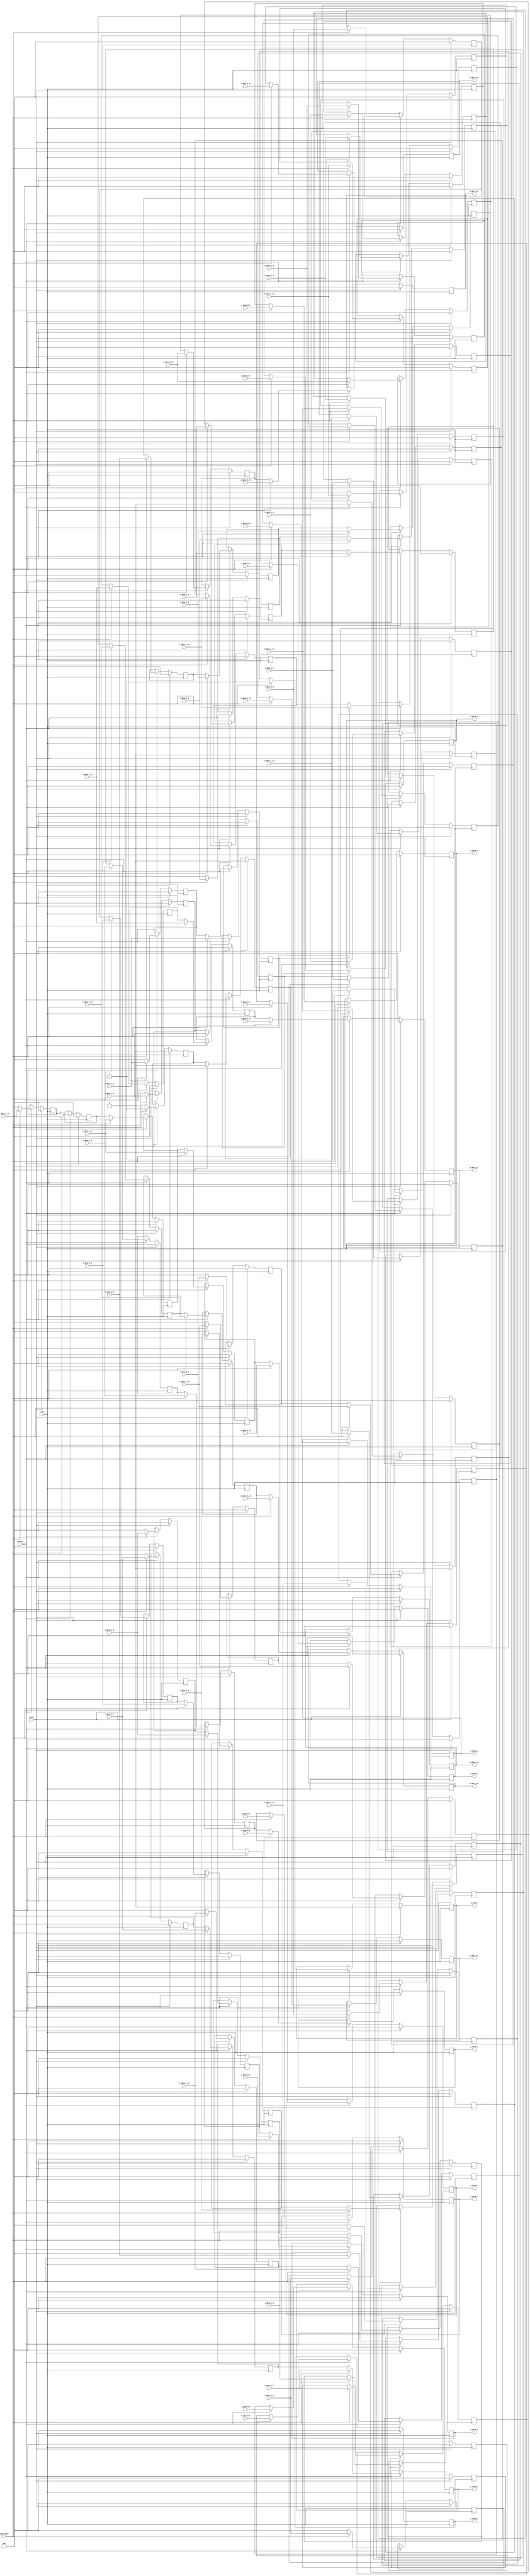
`define SIMULATION_MEMORY

module pipelined_input_18_3_16 (
	input clk,
	input reset,
	input enable,
	input load_input,
	input [17:0] i_data_0_0,
	input [17:0] i_data_0_1,
	input [17:0] i_data_0_2,
	input [17:0] i_data_0_3,
	input [17:0] i_data_0_4,
	input [17:0] i_data_0_5,
	input [17:0] i_data_0_6,
	input [17:0] i_data_0_7,
	input [17:0] i_data_0_8,
	input [17:0] i_data_0_9,
	input [17:0] i_data_0_10,
	input [17:0] i_data_0_11,
	input [17:0] i_data_0_12,
	input [17:0] i_data_0_13,
	input [17:0] i_data_0_14,
	input [17:0] i_data_0_15,
	input [17:0] i_data_1_0,
	input [17:0] i_data_1_1,
	input [17:0] i_data_1_2,
	input [17:0] i_data_1_3,
	input [17:0] i_data_1_4,
	input [17:0] i_data_1_5,
	input [17:0] i_data_1_6,
	input [17:0] i_data_1_7,
	input [17:0] i_data_1_8,
	input [17:0] i_data_1_9,
	input [17:0] i_data_1_10,
	input [17:0] i_data_1_11,
	input [17:0] i_data_1_12,
	input [17:0] i_data_1_13,
	input [17:0] i_data_1_14,
	input [17:0] i_data_1_15,
	input [17:0] i_data_2_0,
	input [17:0] i_data_2_1,
	input [17:0] i_data_2_2,
	input [17:0] i_data_2_3,
	input [17:0] i_data_2_4,
	input [17:0] i_data_2_5,
	input [17:0] i_data_2_6,
	input [17:0] i_data_2_7,
	input [17:0] i_data_2_8,
	input [17:0] i_data_2_9,
	input [17:0] i_data_2_10,
	input [17:0] i_data_2_11,
	input [17:0] i_data_2_12,
	input [17:0] i_data_2_13,
	input [17:0] i_data_2_14,
	input [17:0] i_data_2_15,
	output [17:0] o_data_0,
	output [17:0] o_data_1,
	output [17:0] o_data_2,
	output [17:0] o_data_3,
	output [17:0] o_data_4,
	output [17:0] o_data_5,
	output [17:0] o_data_6,
	output [17:0] o_data_7,
	output [17:0] o_data_8,
	output [17:0] o_data_9,
	output [17:0] o_data_10,
	output [17:0] o_data_11,
	output [17:0] o_data_12,
	output [17:0] o_data_13,
	output [17:0] o_data_14,
	output [17:0] o_data_15,
	output o_valid
);

reg [17:0] pipeline_0_0;
reg [17:0] pipeline_0_1;
reg [17:0] pipeline_0_2;
reg [17:0] pipeline_0_3;
reg [17:0] pipeline_0_4;
reg [17:0] pipeline_0_5;
reg [17:0] pipeline_0_6;
reg [17:0] pipeline_0_7;
reg [17:0] pipeline_0_8;
reg [17:0] pipeline_0_9;
reg [17:0] pipeline_0_10;
reg [17:0] pipeline_0_11;
reg [17:0] pipeline_0_12;
reg [17:0] pipeline_0_13;
reg [17:0] pipeline_0_14;
reg [17:0] pipeline_0_15;
reg [17:0] pipeline_1_0;
reg [17:0] pipeline_1_1;
reg [17:0] pipeline_1_2;
reg [17:0] pipeline_1_3;
reg [17:0] pipeline_1_4;
reg [17:0] pipeline_1_5;
reg [17:0] pipeline_1_6;
reg [17:0] pipeline_1_7;
reg [17:0] pipeline_1_8;
reg [17:0] pipeline_1_9;
reg [17:0] pipeline_1_10;
reg [17:0] pipeline_1_11;
reg [17:0] pipeline_1_12;
reg [17:0] pipeline_1_13;
reg [17:0] pipeline_1_14;
reg [17:0] pipeline_1_15;
reg [17:0] pipeline_2_0;
reg [17:0] pipeline_2_1;
reg [17:0] pipeline_2_2;
reg [17:0] pipeline_2_3;
reg [17:0] pipeline_2_4;
reg [17:0] pipeline_2_5;
reg [17:0] pipeline_2_6;
reg [17:0] pipeline_2_7;
reg [17:0] pipeline_2_8;
reg [17:0] pipeline_2_9;
reg [17:0] pipeline_2_10;
reg [17:0] pipeline_2_11;
reg [17:0] pipeline_2_12;
reg [17:0] pipeline_2_13;
reg [17:0] pipeline_2_14;
reg [17:0] pipeline_2_15;
reg [17:0] pipeline_3_0;
reg [17:0] pipeline_3_1;
reg [17:0] pipeline_3_2;
reg [17:0] pipeline_3_3;
reg [17:0] pipeline_3_4;
reg [17:0] pipeline_3_5;
reg [17:0] pipeline_3_6;
reg [17:0] pipeline_3_7;
reg [17:0] pipeline_3_8;
reg [17:0] pipeline_3_9;
reg [17:0] pipeline_3_10;
reg [17:0] pipeline_3_11;
reg [17:0] pipeline_3_12;
reg [17:0] pipeline_3_13;
reg [17:0] pipeline_3_14;
reg [17:0] pipeline_3_15;
reg [17:0] pipeline_4_0;
reg [17:0] pipeline_4_1;
reg [17:0] pipeline_4_2;
reg [17:0] pipeline_4_3;
reg [17:0] pipeline_4_4;
reg [17:0] pipeline_4_5;
reg [17:0] pipeline_4_6;
reg [17:0] pipeline_4_7;
reg [17:0] pipeline_4_8;
reg [17:0] pipeline_4_9;
reg [17:0] pipeline_4_10;
reg [17:0] pipeline_4_11;
reg [17:0] pipeline_4_12;
reg [17:0] pipeline_4_13;
reg [17:0] pipeline_4_14;
reg [17:0] pipeline_4_15;
reg pipeline_valid_0;
reg pipeline_valid_1;
reg pipeline_valid_2;
reg pipeline_valid_3;
reg pipeline_valid_4;

always @ (posedge clk) begin
	if (reset) begin
		pipeline_0_0 <= 0;
		pipeline_0_1 <= 0;
		pipeline_0_2 <= 0;
		pipeline_0_3 <= 0;
		pipeline_0_4 <= 0;
		pipeline_0_5 <= 0;
		pipeline_0_6 <= 0;
		pipeline_0_7 <= 0;
		pipeline_0_8 <= 0;
		pipeline_0_9 <= 0;
		pipeline_0_10 <= 0;
		pipeline_0_11 <= 0;
		pipeline_0_12 <= 0;
		pipeline_0_13 <= 0;
		pipeline_0_14 <= 0;
		pipeline_0_15 <= 0;
		pipeline_1_0 <= 0;
		pipeline_1_1 <= 0;
		pipeline_1_2 <= 0;
		pipeline_1_3 <= 0;
		pipeline_1_4 <= 0;
		pipeline_1_5 <= 0;
		pipeline_1_6 <= 0;
		pipeline_1_7 <= 0;
		pipeline_1_8 <= 0;
		pipeline_1_9 <= 0;
		pipeline_1_10 <= 0;
		pipeline_1_11 <= 0;
		pipeline_1_12 <= 0;
		pipeline_1_13 <= 0;
		pipeline_1_14 <= 0;
		pipeline_1_15 <= 0;
		pipeline_2_0 <= 0;
		pipeline_2_1 <= 0;
		pipeline_2_2 <= 0;
		pipeline_2_3 <= 0;
		pipeline_2_4 <= 0;
		pipeline_2_5 <= 0;
		pipeline_2_6 <= 0;
		pipeline_2_7 <= 0;
		pipeline_2_8 <= 0;
		pipeline_2_9 <= 0;
		pipeline_2_10 <= 0;
		pipeline_2_11 <= 0;
		pipeline_2_12 <= 0;
		pipeline_2_13 <= 0;
		pipeline_2_14 <= 0;
		pipeline_2_15 <= 0;
		pipeline_3_0 <= 0;
		pipeline_3_1 <= 0;
		pipeline_3_2 <= 0;
		pipeline_3_3 <= 0;
		pipeline_3_4 <= 0;
		pipeline_3_5 <= 0;
		pipeline_3_6 <= 0;
		pipeline_3_7 <= 0;
		pipeline_3_8 <= 0;
		pipeline_3_9 <= 0;
		pipeline_3_10 <= 0;
		pipeline_3_11 <= 0;
		pipeline_3_12 <= 0;
		pipeline_3_13 <= 0;
		pipeline_3_14 <= 0;
		pipeline_3_15 <= 0;
		pipeline_4_0 <= 0;
		pipeline_4_1 <= 0;
		pipeline_4_2 <= 0;
		pipeline_4_3 <= 0;
		pipeline_4_4 <= 0;
		pipeline_4_5 <= 0;
		pipeline_4_6 <= 0;
		pipeline_4_7 <= 0;
		pipeline_4_8 <= 0;
		pipeline_4_9 <= 0;
		pipeline_4_10 <= 0;
		pipeline_4_11 <= 0;
		pipeline_4_12 <= 0;
		pipeline_4_13 <= 0;
		pipeline_4_14 <= 0;
		pipeline_4_15 <= 0;
		pipeline_valid_0 <= 0;
		pipeline_valid_1 <= 0;
		pipeline_valid_2 <= 0;
		pipeline_valid_3 <= 0;
		pipeline_valid_4 <= 0;
	end else if (enable) begin
		if (load_input) begin
			pipeline_0_0 <= i_data_0_0;
			pipeline_0_1 <= i_data_0_1;
			pipeline_0_2 <= i_data_0_2;
			pipeline_0_3 <= i_data_0_3;
			pipeline_0_4 <= i_data_0_4;
			pipeline_0_5 <= i_data_0_5;
			pipeline_0_6 <= i_data_0_6;
			pipeline_0_7 <= i_data_0_7;
			pipeline_0_8 <= i_data_0_8;
			pipeline_0_9 <= i_data_0_9;
			pipeline_0_10 <= i_data_0_10;
			pipeline_0_11 <= i_data_0_11;
			pipeline_0_12 <= i_data_0_12;
			pipeline_0_13 <= i_data_0_13;
			pipeline_0_14 <= i_data_0_14;
			pipeline_0_15 <= i_data_0_15;
			pipeline_valid_0 <= 1'b1;
			pipeline_2_0 <= i_data_1_0;
			pipeline_2_1 <= i_data_1_1;
			pipeline_2_2 <= i_data_1_2;
			pipeline_2_3 <= i_data_1_3;
			pipeline_2_4 <= i_data_1_4;
			pipeline_2_5 <= i_data_1_5;
			pipeline_2_6 <= i_data_1_6;
			pipeline_2_7 <= i_data_1_7;
			pipeline_2_8 <= i_data_1_8;
			pipeline_2_9 <= i_data_1_9;
			pipeline_2_10 <= i_data_1_10;
			pipeline_2_11 <= i_data_1_11;
			pipeline_2_12 <= i_data_1_12;
			pipeline_2_13 <= i_data_1_13;
			pipeline_2_14 <= i_data_1_14;
			pipeline_2_15 <= i_data_1_15;
			pipeline_valid_2 <= 1'b1;
			pipeline_4_0 <= i_data_2_0;
			pipeline_4_1 <= i_data_2_1;
			pipeline_4_2 <= i_data_2_2;
			pipeline_4_3 <= i_data_2_3;
			pipeline_4_4 <= i_data_2_4;
			pipeline_4_5 <= i_data_2_5;
			pipeline_4_6 <= i_data_2_6;
			pipeline_4_7 <= i_data_2_7;
			pipeline_4_8 <= i_data_2_8;
			pipeline_4_9 <= i_data_2_9;
			pipeline_4_10 <= i_data_2_10;
			pipeline_4_11 <= i_data_2_11;
			pipeline_4_12 <= i_data_2_12;
			pipeline_4_13 <= i_data_2_13;
			pipeline_4_14 <= i_data_2_14;
			pipeline_4_15 <= i_data_2_15;
			pipeline_valid_4 <= 1'b1;
			pipeline_1_0 <= i_data_1_0;
			pipeline_1_1 <= i_data_1_1;
			pipeline_1_2 <= i_data_1_2;
			pipeline_1_3 <= i_data_1_3;
			pipeline_1_4 <= i_data_1_4;
			pipeline_1_5 <= i_data_1_5;
			pipeline_1_6 <= i_data_1_6;
			pipeline_1_7 <= i_data_1_7;
			pipeline_1_8 <= i_data_1_8;
			pipeline_1_9 <= i_data_1_9;
			pipeline_1_10 <= i_data_1_10;
			pipeline_1_11 <= i_data_1_11;
			pipeline_1_12 <= i_data_1_12;
			pipeline_1_13 <= i_data_1_13;
			pipeline_1_14 <= i_data_1_14;
			pipeline_1_15 <= i_data_1_15;
			pipeline_valid_1 <= 1'b0;
			pipeline_3_0 <= i_data_2_0;
			pipeline_3_1 <= i_data_2_1;
			pipeline_3_2 <= i_data_2_2;
			pipeline_3_3 <= i_data_2_3;
			pipeline_3_4 <= i_data_2_4;
			pipeline_3_5 <= i_data_2_5;
			pipeline_3_6 <= i_data_2_6;
			pipeline_3_7 <= i_data_2_7;
			pipeline_3_8 <= i_data_2_8;
			pipeline_3_9 <= i_data_2_9;
			pipeline_3_10 <= i_data_2_10;
			pipeline_3_11 <= i_data_2_11;
			pipeline_3_12 <= i_data_2_12;
			pipeline_3_13 <= i_data_2_13;
			pipeline_3_14 <= i_data_2_14;
			pipeline_3_15 <= i_data_2_15;
			pipeline_valid_3 <= 1'b0;
		end else begin
			pipeline_4_0 <= 0;
			pipeline_4_1 <= 0;
			pipeline_4_2 <= 0;
			pipeline_4_3 <= 0;
			pipeline_4_4 <= 0;
			pipeline_4_5 <= 0;
			pipeline_4_6 <= 0;
			pipeline_4_7 <= 0;
			pipeline_4_8 <= 0;
			pipeline_4_9 <= 0;
			pipeline_4_10 <= 0;
			pipeline_4_11 <= 0;
			pipeline_4_12 <= 0;
			pipeline_4_13 <= 0;
			pipeline_4_14 <= 0;
			pipeline_4_15 <= 0;
			pipeline_valid_4 <= 1'b0;
			pipeline_0_0 <= pipeline_1_0;
			pipeline_0_1 <= pipeline_1_1;
			pipeline_0_2 <= pipeline_1_2;
			pipeline_0_3 <= pipeline_1_3;
			pipeline_0_4 <= pipeline_1_4;
			pipeline_0_5 <= pipeline_1_5;
			pipeline_0_6 <= pipeline_1_6;
			pipeline_0_7 <= pipeline_1_7;
			pipeline_0_8 <= pipeline_1_8;
			pipeline_0_9 <= pipeline_1_9;
			pipeline_0_10 <= pipeline_1_10;
			pipeline_0_11 <= pipeline_1_11;
			pipeline_0_12 <= pipeline_1_12;
			pipeline_0_13 <= pipeline_1_13;
			pipeline_0_14 <= pipeline_1_14;
			pipeline_0_15 <= pipeline_1_15;
			pipeline_valid_0 <= pipeline_valid_1;
			pipeline_1_0 <= pipeline_2_0;
			pipeline_1_1 <= pipeline_2_1;
			pipeline_1_2 <= pipeline_2_2;
			pipeline_1_3 <= pipeline_2_3;
			pipeline_1_4 <= pipeline_2_4;
			pipeline_1_5 <= pipeline_2_5;
			pipeline_1_6 <= pipeline_2_6;
			pipeline_1_7 <= pipeline_2_7;
			pipeline_1_8 <= pipeline_2_8;
			pipeline_1_9 <= pipeline_2_9;
			pipeline_1_10 <= pipeline_2_10;
			pipeline_1_11 <= pipeline_2_11;
			pipeline_1_12 <= pipeline_2_12;
			pipeline_1_13 <= pipeline_2_13;
			pipeline_1_14 <= pipeline_2_14;
			pipeline_1_15 <= pipeline_2_15;
			pipeline_valid_1 <= pipeline_valid_2;
			pipeline_2_0 <= pipeline_3_0;
			pipeline_2_1 <= pipeline_3_1;
			pipeline_2_2 <= pipeline_3_2;
			pipeline_2_3 <= pipeline_3_3;
			pipeline_2_4 <= pipeline_3_4;
			pipeline_2_5 <= pipeline_3_5;
			pipeline_2_6 <= pipeline_3_6;
			pipeline_2_7 <= pipeline_3_7;
			pipeline_2_8 <= pipeline_3_8;
			pipeline_2_9 <= pipeline_3_9;
			pipeline_2_10 <= pipeline_3_10;
			pipeline_2_11 <= pipeline_3_11;
			pipeline_2_12 <= pipeline_3_12;
			pipeline_2_13 <= pipeline_3_13;
			pipeline_2_14 <= pipeline_3_14;
			pipeline_2_15 <= pipeline_3_15;
			pipeline_valid_2 <= pipeline_valid_3;
			pipeline_3_0 <= pipeline_4_0;
			pipeline_3_1 <= pipeline_4_1;
			pipeline_3_2 <= pipeline_4_2;
			pipeline_3_3 <= pipeline_4_3;
			pipeline_3_4 <= pipeline_4_4;
			pipeline_3_5 <= pipeline_4_5;
			pipeline_3_6 <= pipeline_4_6;
			pipeline_3_7 <= pipeline_4_7;
			pipeline_3_8 <= pipeline_4_8;
			pipeline_3_9 <= pipeline_4_9;
			pipeline_3_10 <= pipeline_4_10;
			pipeline_3_11 <= pipeline_4_11;
			pipeline_3_12 <= pipeline_4_12;
			pipeline_3_13 <= pipeline_4_13;
			pipeline_3_14 <= pipeline_4_14;
			pipeline_3_15 <= pipeline_4_15;
			pipeline_valid_3 <= pipeline_valid_4;
		end
	end
end

assign o_data_0 = pipeline_0_0;
assign o_data_1 = pipeline_0_1;
assign o_data_2 = pipeline_0_2;
assign o_data_3 = pipeline_0_3;
assign o_data_4 = pipeline_0_4;
assign o_data_5 = pipeline_0_5;
assign o_data_6 = pipeline_0_6;
assign o_data_7 = pipeline_0_7;
assign o_data_8 = pipeline_0_8;
assign o_data_9 = pipeline_0_9;
assign o_data_10 = pipeline_0_10;
assign o_data_11 = pipeline_0_11;
assign o_data_12 = pipeline_0_12;
assign o_data_13 = pipeline_0_13;
assign o_data_14 = pipeline_0_14;
assign o_data_15 = pipeline_0_15;
assign o_valid = pipeline_valid_0;

endmodule